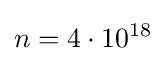
n=4\cdot 10^{18}